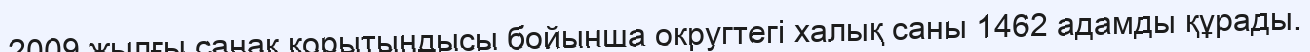
2009 жылғы санақ қорытындысы бойынша округтегі халық саны 1462 адамды құрады.